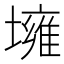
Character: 㙲